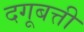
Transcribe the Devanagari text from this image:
दगूबत्ती